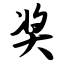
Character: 奖